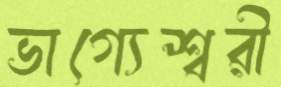
ভাগ্যেশ্বরী